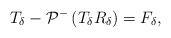
\begin{align*}T_{\delta}-\mathcal{P}^-\left(T_{\delta} R_{\delta}\right)=F_{\delta},\end{align*}